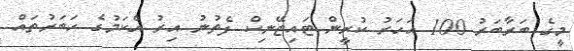
މީގެ ބަރާބަރު 100 އަހަރު ކުރީން ޓައިޓޭނިކް ފެތުނު އިރު އެކަމުގެ ހަބަރުތައް